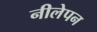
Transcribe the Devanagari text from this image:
नीलेपन